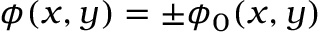
\phi ( x , y ) = \pm { \phi } _ { 0 } ( x , y )